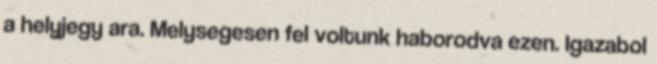
a helyjegy ara. Melysegesen fel voltunk haborodva ezen. Igazabol